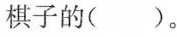
棋子的（）。